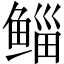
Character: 鲻